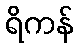
ရိကန်